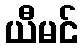
ယီမင်